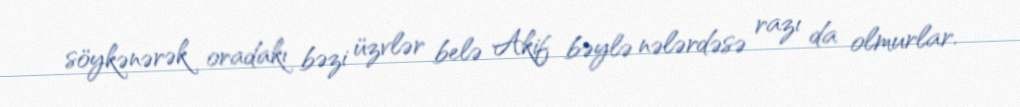
söykənərək oradakı bəzi üzvlər belə Akif bəylə nələrdəsə razı da olmurlar.